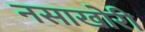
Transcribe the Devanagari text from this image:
नसाखोरी